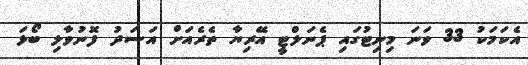
އެކަމަކު 33 ވަނަ މިނިޓުގައި ޕެނަލްޓީ އޭރިޔާ ތެރެއަށް އަސަދު ފޮނުވާލި ބޯޅަ